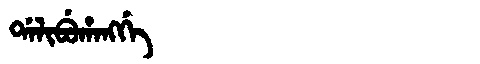
Manchu: ᡩᠠᠯᡳᠪᡠᡥᠠᠩᡤᡝ
Romanization: DALIBUHANGGE